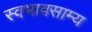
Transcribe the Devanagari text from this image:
स्वभावसाम्य